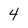
Character: 4